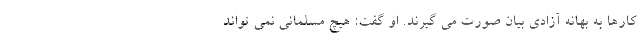
کارها به بهانه آزادی بیان صورت می گیرند. او گفت: هیچ مسلمانی نمی تواند